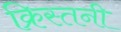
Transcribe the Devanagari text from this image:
क्रिस्तनी